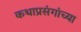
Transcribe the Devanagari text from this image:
कथाप्रसंगांच्या